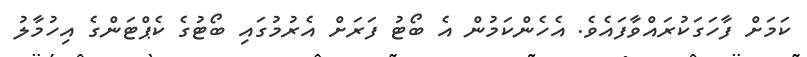
ކަމަށް ފާހަގަކުރައްވާފައެވެ. އެހެންކަމުން އެ ބޯޓު ފަރަށް އެރުމުގައި ބޯޓުގެ ކެޕްޓަންގެ އިހުމާލު